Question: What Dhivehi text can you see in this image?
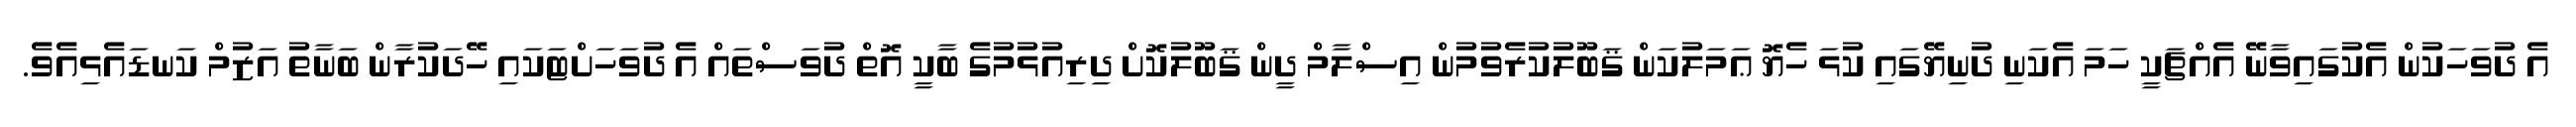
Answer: އެ ދުވަހަކުން އެކުގައިވާނޭ އެއްޗަކީ ހަމަ އެކަނި ދުނިޔޭގައި ކުޅަ ހެޔޮ ޢަމަލުކަން ޤަބޫލުކުރެވުމުން އިސްލާމް ދީން ޤަބޫލުކޮށް ދިރިއުޅުމުގެ ބާކީ އޮތް ދުވަސްތައް އެ ދުވަހަށްޓަކައި ހޭދަކުރާން ބަނާތު އަޒުމް ކަނޑައެޅިއެވެ.